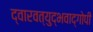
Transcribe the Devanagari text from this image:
द्वारवत्युद्भवाद्गोपी